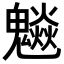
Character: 𩴩